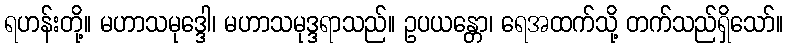
ရဟန်းတို့။ မဟာသမုဒ္ဒေါ၊ မဟာသမုဒ္ဒရာသည်။ ဥပယန္တော၊ ရေအထက်သို့ တက်သည်ရှိသော်။